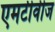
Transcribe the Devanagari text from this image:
एमटीवीज